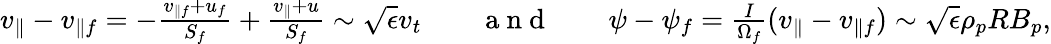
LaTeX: \begin{array}{rlrlr}{v_{\parallel}-v_{\parallel f}=-\frac{v_{\parallel f}+u_{f}}{S_{f}}+\frac{v_{\parallel}+u}{S_{f}}\sim\sqrt{\epsilon}v_{t}}&{{}}&{\mathrm{~a~n~d~}}&{{}}&{\psi-\psi_{f}=\frac{I}{\Omega_{f}}(v_{\parallel}-v_{\parallel f})\sim\sqrt{\epsilon}\rho_{p}RB_{p},}\end{array}